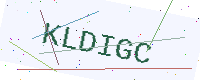
Text: KLDIGC